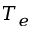
T _ { e }